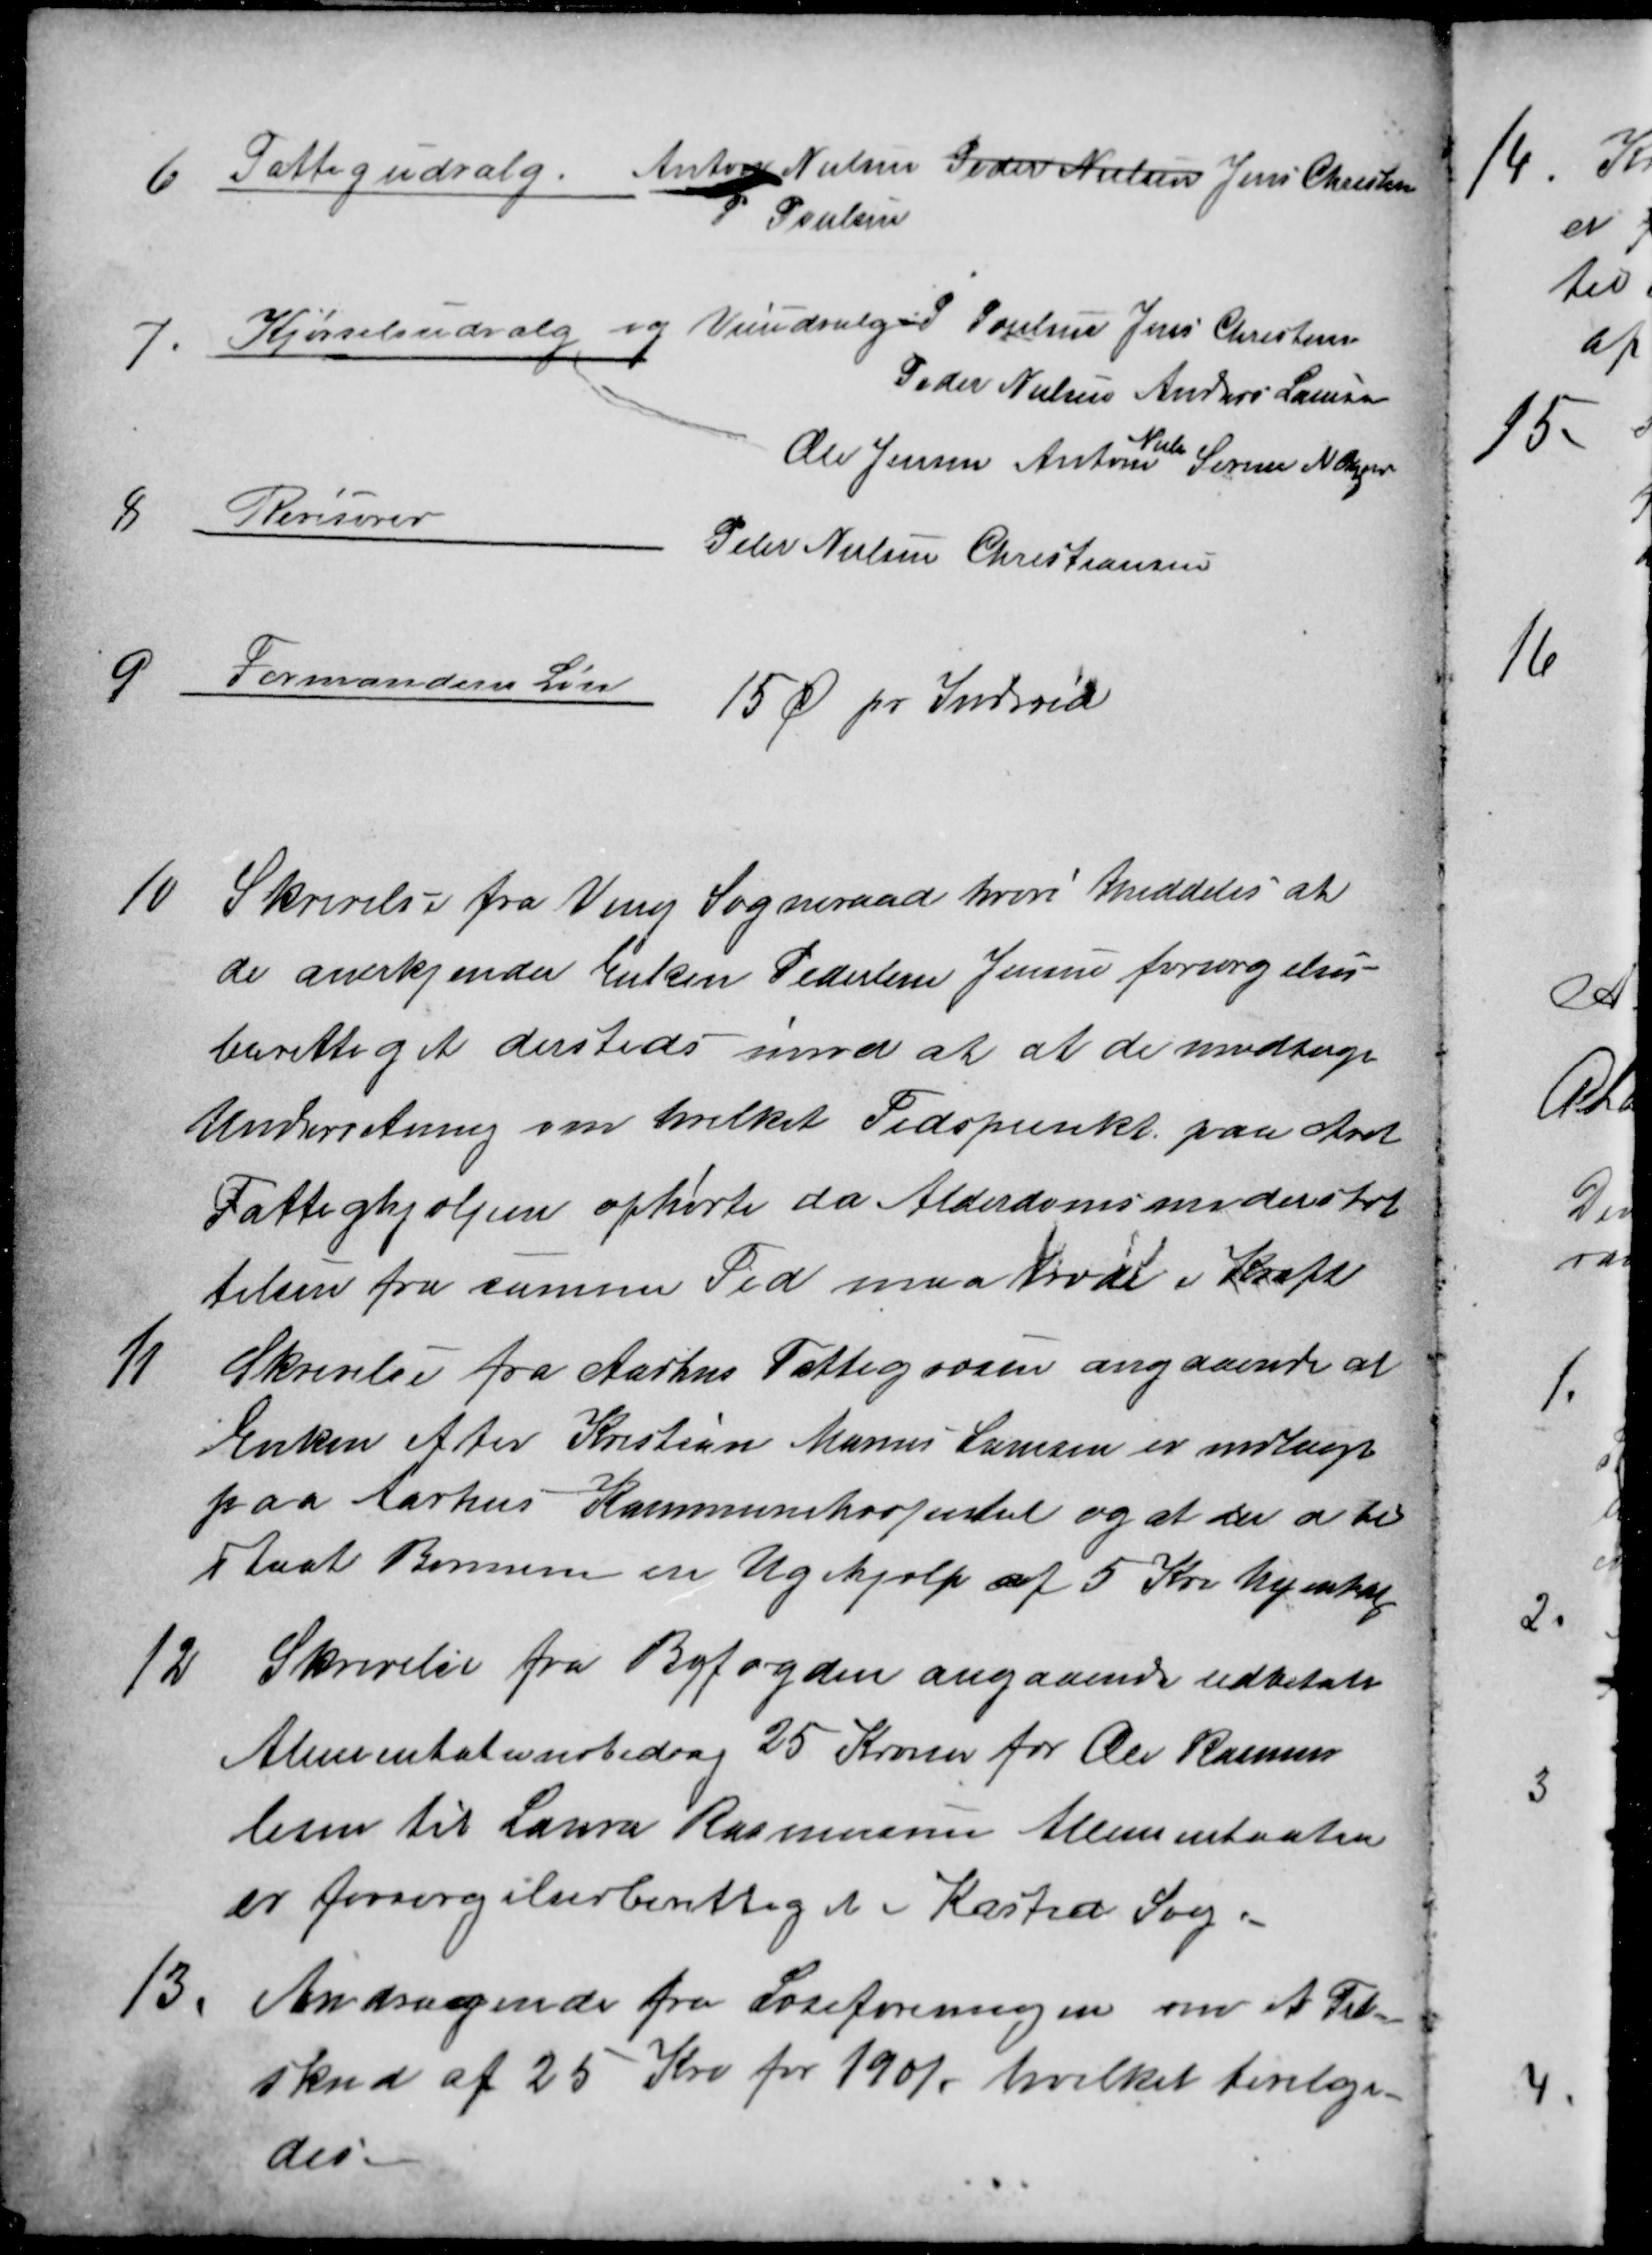
Transskription:
6 Fattigudvalg. Anton Nielsen Peder Nielsen Jens Christensen
P Poulsen
7. Kjørselsudvalg og Veiudvalget P Poulsen Jens Christensen
Peder Nielsen Anders Laursen
Ole Jensen Anton
Niels
Søren Nielsen
8 Revisorer
Peter Nielsen Christiansen
9 Formandens Løn
15 Ø pr Individ
10. Skrivelse fra Veng Sogneraad hvori meddeles at
de anerkjender Enken Pederlene Jensen forsørgelses-
berettiget dersteds imod at at de modtager
Underretning om hvilket Tidspunkt paa Aret
Fattighjælpen ophørte da Alderdomsunderstøt
telsen fra samme Tid maa træde i Kraft
11 Skrivelse fra Aarhus Fattigvæsen angaaende at
Enken efter Kristian Marius Laursen er indlagt
paa Aarhus Kommunehospital og at der er til
staaet Børnene en Ugehjælp af 5 Kr hjemtag
12 Skrivelse fra Byfogden angaaende udbetalt
Alimentationsbidrag 25 Kroner for Ole Rasmus
lesen til Laura Rasmussen Alimentanten
er forsørgelsesberettiget i Kasted Sogn
13. Andragende fra Læseforeningen om et Til-
skud af 25 Kro for 1901, hvilket bevilge-
des.